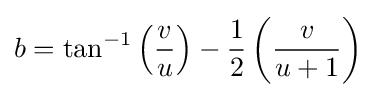
b=\tan ^{-1}\left({\frac {v}{u}}\right)-{\frac {1}{2}}\left({\frac {v}{u+1}}\right)